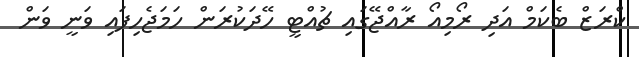
ކްރަޒް ބެކަމް އަދި ރޯމިއޯ ރާއްޖޭގައި ޗުއްޓީ ހޭދަކުރަން ހަމަޖެހިފައި ވަނީ ވަން